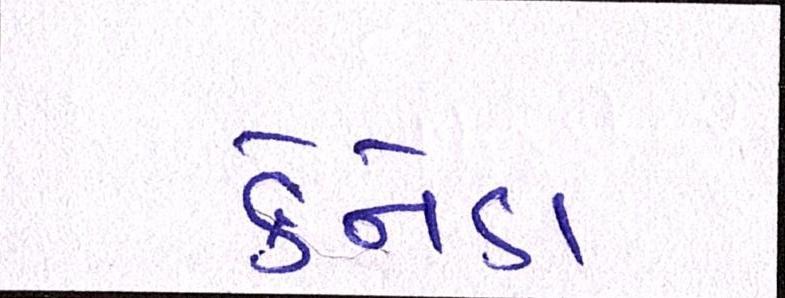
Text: કેનેડા